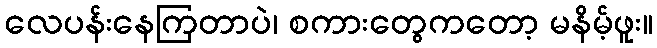
လေပန်းနေကြတာပဲ၊ စကားတွေကတော့ မနိမ့်ဖူး။